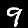
Label: 9